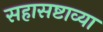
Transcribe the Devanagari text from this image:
सहासष्टाव्या